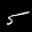
Label: 5